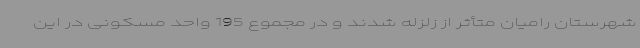
شهرستان رامیان متأثر از زلزله شدند و در مجموع 195 واحد مسکونی در این